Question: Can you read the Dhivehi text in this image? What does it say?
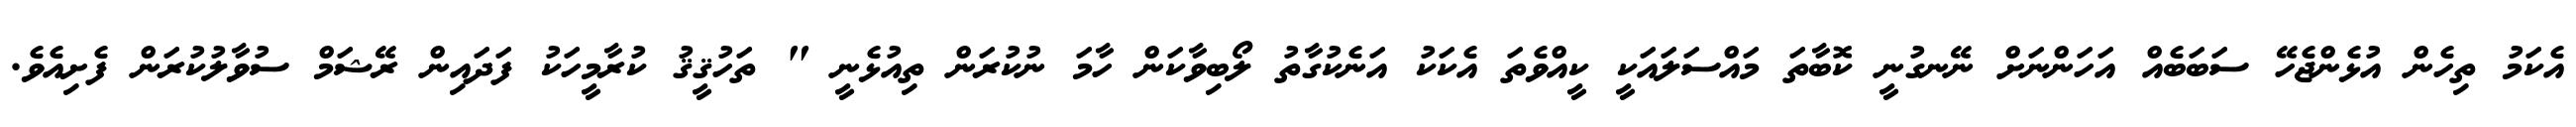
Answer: އެކަމު ތިހެން އުޅެންޖެހޭ ސަބަބެއް އަހަންނަށް ނޭނގުނީ ކޮބާތަ މައްސަލައަކީ ކީއްވެތަ އެކަކު އަނެކުގާތު ލޯބިވާކަން ހާމަ ނުކުރަން ތިއުޅެނީ " ތަހުޤީޤު ކުރާމީހަކު ފަދައިން ރޭޝަމް ސުވާލުކުރަން ފެށިއެވެ.